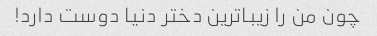
چون من را زیباترین دختر دنیا دوست دارد!